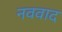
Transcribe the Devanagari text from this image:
नववाद